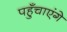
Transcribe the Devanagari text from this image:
पहुँचाएंगे